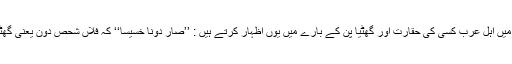
عام روزمرّہ گفتگو میں اہلِ عرب کسی کی حقارت اور گھٹیا پن کے بارے میں یوں اظہار کرتے ہیں : ’’صَارَ دُوْناً خَسِيْساً‘‘ کہ فلاں شحص دُوْن یعنی گھٹیا اور کمینہ ہو گیا۔